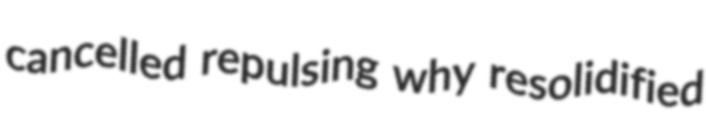
cancelled repulsing why resolidified